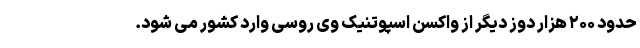
حدود ۲۰۰ هزار دوز دیگر از واکسن اسپوتنیک وی روسی وارد کشور می شود.